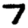
Digit: 7